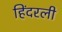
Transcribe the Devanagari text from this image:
हिंदरली